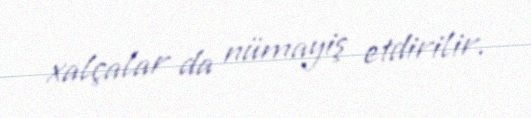
xalçalar da nümayiş etdirilir.